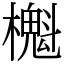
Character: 櫆